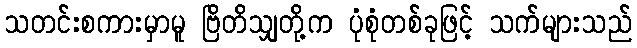
သတင်းစကားမှာမူ ဗြိတိသျှတို့က ပုံစုံတစ်ခုဖြင့် သက်များသည်